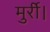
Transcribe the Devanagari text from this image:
मुर्री।